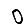
Digit: 0